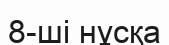
8-ші нұсқа